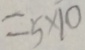
= 5 \times 1 0